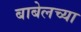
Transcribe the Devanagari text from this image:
बाबेलच्या